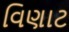
વિણાટ